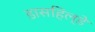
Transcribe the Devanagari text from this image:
डासहिल्डे